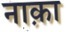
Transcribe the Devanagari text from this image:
नाक़ा